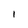
Character: I